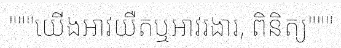
"""យើងអាវយឺតឬអាវរងារ, ពិនិត្យ"""